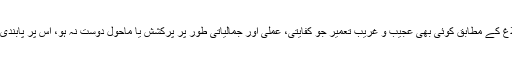
سرکاری ذرائع ابلاغ کے مطابق کوئی بھی عجیب و غریب تعمیر جو کفایتی، عملی اور جمالیاتی طور پر پرکشش یا ماحول دوست نہ ہو، اس پر پابندی لگا دی جائے گی۔